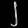
Digit: ၂